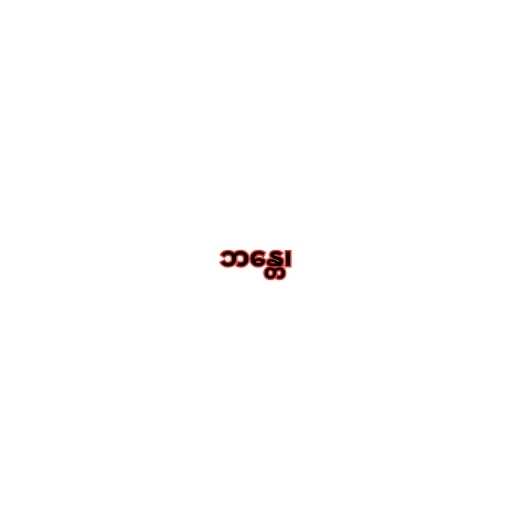
ဘန္တေ၊